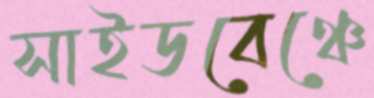
সাইডবেঞ্চে